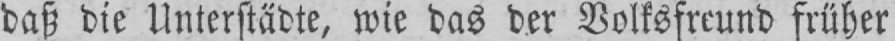
daß die Unterstädte, wie das der Volksfreund früher